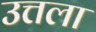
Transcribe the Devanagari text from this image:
उत्तला